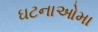
ઘટનાઓમા